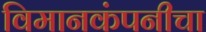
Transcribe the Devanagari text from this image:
विमानकंपनीचा